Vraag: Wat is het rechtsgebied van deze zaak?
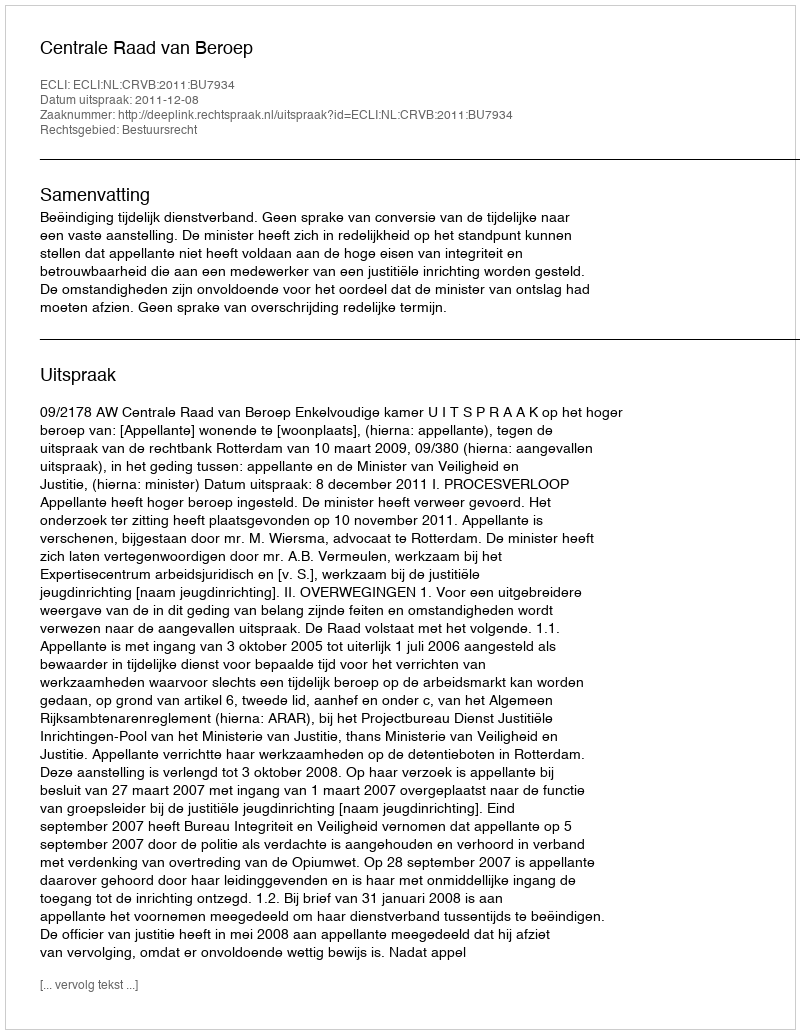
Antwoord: Bestuursrecht